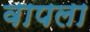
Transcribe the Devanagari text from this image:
वापला